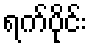
ရက်ပိုင်း